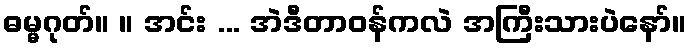
ဓမ္မဂုတ်။ ။ အင်း ... အဲဒီတာဝန်ကလဲ အကြီးသားပဲနော်။